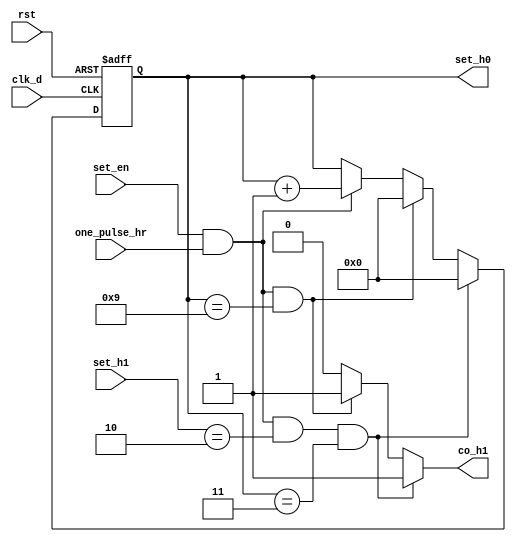
`timescale 1ns / 1ps
//////////////////////////////////////////////////////////////////////////////////
// Company: 
// Engineer: 
// 
// Design Name: 
// Module Name: setting_h0
// Project Name: 
// Target Devices: 
// Tool Versions: 
// Description: 
// 
// Dependencies: 
// 
// Revision:
// Revision 0.01 - File Created
// Additional Comments:
// 
//////////////////////////////////////////////////////////////////////////////////


module setting_h0(
    input clk_d,
    input rst,
    input set_en,
    input one_pulse_hr,
    input [3:0] set_h1,
    
    output reg [3:0] set_h0,
    output reg co_h1
    );
    reg [3:0] set_tmp;
    
    always@( posedge clk_d or posedge rst )
        if(rst)
            set_h0 <= 4'd0;
        else
            set_h0 <= set_tmp;
            
    always@*
        if( set_en && one_pulse_hr && set_h1==4'd2 && set_h0==4'd3)
        begin //23->00
            set_tmp = 4'd0;
            co_h1 = 1'b1;
        end
        else if( set_en && one_pulse_hr && set_h0==4'd9 )
        begin //09->10
           set_tmp = 4'd0;
           co_h1 = 1'b1;
        end
        else if( set_en && one_pulse_hr )
        begin //08->09
            set_tmp = set_h0 + 1'b1;
            co_h1 = 1'b0; 
        end
        else
        begin
            set_tmp = set_h0;
            co_h1 = 1'b0;
        end    
    
endmodule